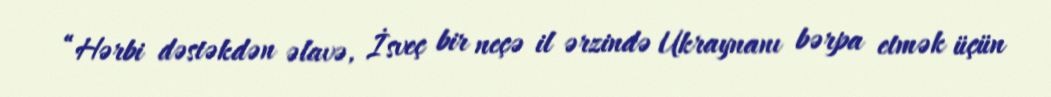
“Hərbi dəstəkdən əlavə, İsveç bir neçə il ərzində Ukraynanı bərpa etmək üçün